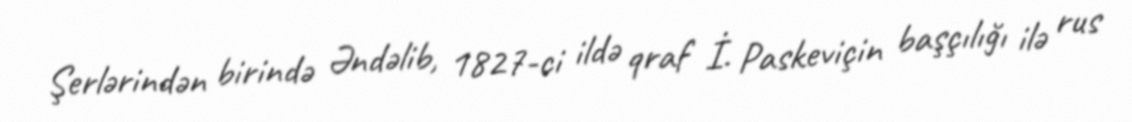
Şerlərindən birində Əndəlib, 1827-ci ildə qraf İ. Paskeviçin başçılığı ilə rus